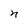
Character: n